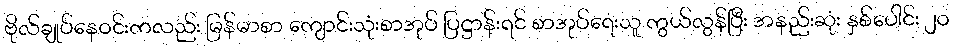
ဗိုလ်ချုပ်နေဝင်းကလည်း မြန်မာစာ ကျောင်းသုံးစာအုပ် ပြဋ္ဌာန်းရင် စာအုပ်ရေးသူ ကွယ်လွန်ပြီး အနည်းဆုံး နှစ်ပေါင်း ၂ဝ